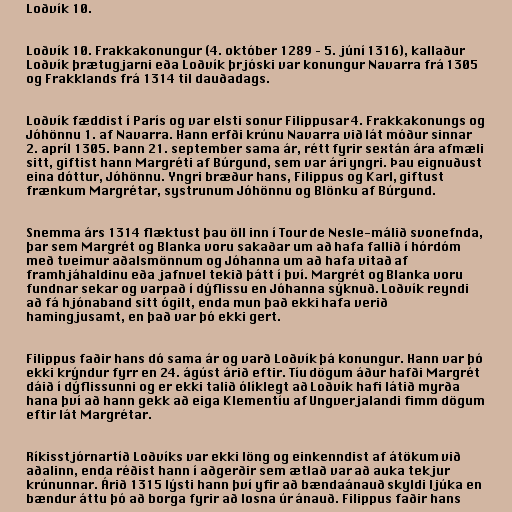
Loðvík 10.

Loðvík 10. Frakkakonungur (4. október 1289 – 5. júní 1316), kallaður
Loðvík þrætugjarni eða Loðvík þrjóski var konungur Navarra frá 1305
og Frakklands frá 1314 til dauðadags.

Loðvík fæddist í París og var elsti sonur Filippusar 4. Frakkakonungs og
Jóhönnu 1. af Navarra. Hann erfði krúnu Navarra við lát móður sinnar
2. apríl 1305. Þann 21. september sama ár, rétt fyrir sextán ára afmæli
sitt, giftist hann Margréti af Búrgund, sem var ári yngri. Þau eignuðust
eina dóttur, Jóhönnu. Yngri bræður hans, Filippus og Karl, giftust
frænkum Margrétar, systrunum Jóhönnu og Blönku af Búrgund.

Snemma árs 1314 flæktust þau öll inn í Tour de Nesle-málið svonefnda,
þar sem Margrét og Blanka voru sakaðar um að hafa fallið í hórdóm
með tveimur aðalsmönnum og Jóhanna um að hafa vitað af
framhjáhaldinu eða jafnvel tekið þátt í því. Margrét og Blanka voru
fundnar sekar og varpað í dýflissu en Jóhanna sýknuð. Loðvík reyndi
að fá hjónaband sitt ógilt, enda mun það ekki hafa verið
hamingjusamt, en það var þó ekki gert.

Filippus faðir hans dó sama ár og varð Loðvík þá konungur. Hann var þó
ekki krýndur fyrr en 24. ágúst árið eftir. Tíu dögum áður hafði Margrét
dáið í dýflissunni og er ekki talið ólíklegt að Loðvík hafi látið myrða
hana því að hann gekk að eiga Klementíu af Ungverjalandi fimm dögum
eftir lát Margrétar.

Ríkisstjórnartíð Loðvíks var ekki löng og einkenndist af átökum við
aðalinn, enda réðist hann í aðgerðir sem ætlað var að auka tekjur
krúnunnar. Árið 1315 lýsti hann því yfir að bændaánauð skyldi ljúka en
bændur áttu þó að borga fyrir að losna úr ánauð. Filippus faðir hans